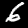
Label: 6